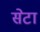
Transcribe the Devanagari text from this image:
सेटा